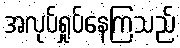
အလုပ်ရှုပ်နေကြသည်